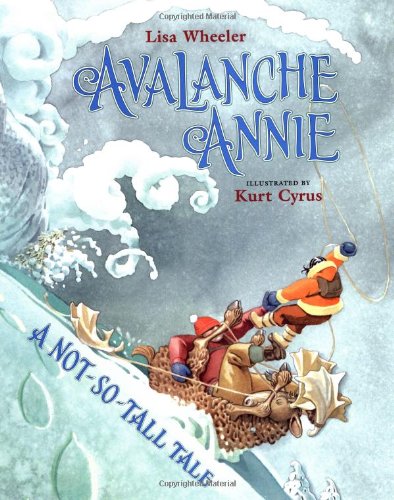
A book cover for Avalanche Annie: A Not-So-Tall Tale; Lisa Wheeler; Children's Books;